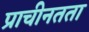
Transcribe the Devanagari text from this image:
प्राचीनतता